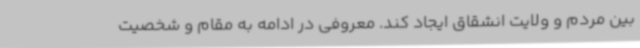
بین مردم و ولایت انشقاق ایجاد کند. معروفی در ادامه به مقام و شخصیت